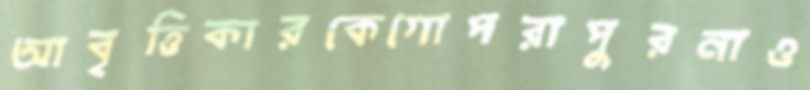
আবৃত্তিকারকেগোপরাপুরনাও